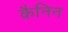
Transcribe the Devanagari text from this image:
कैनिन